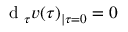
\textrm { d } _ { \tau } v ( \tau ) _ { | \tau = 0 } = 0